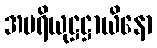
အပရိယုဋ္ဌဋ္ဌာယိနော